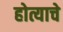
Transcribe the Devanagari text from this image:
होत्याचे